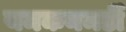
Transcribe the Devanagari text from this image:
यमकनमर्डी